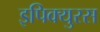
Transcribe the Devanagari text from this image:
इपिक्युरस